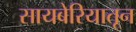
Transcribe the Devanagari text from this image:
सायबेरियातून